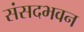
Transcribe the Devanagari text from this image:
संसदभवन